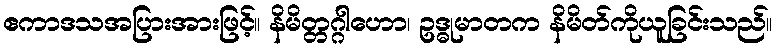
ဧကာဒသအပြားအားဖြင့်။ နိမိတ္တဂ္ဂါဟော၊ ဥဒ္ဓုမာတက နိမိတ်ကိုယူခြင်းသည်။